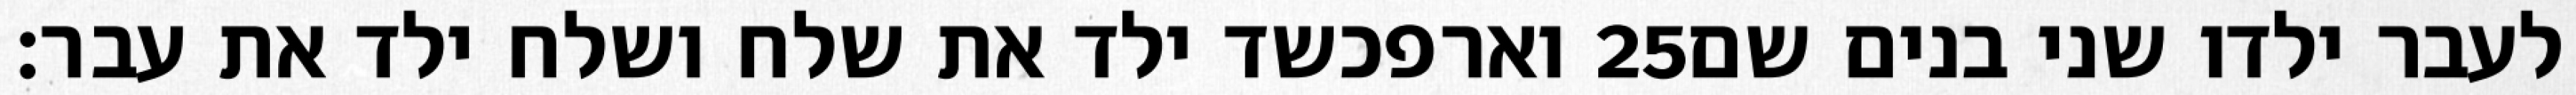
וארפכשד ילד את שלח ושלח ילד את עבר׃ ‎25‏ לעבר ילדו שני בנים שם